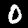
Label: 0